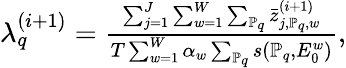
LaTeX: \begin{array}{r}{\lambda_{q}^{(i+1)}=\frac{\sum_{j=1}^{J}\sum_{w=1}^{W}\sum_{\mathbb{P}_{q}}\bar{z}_{j,\mathbb{P}_{q},w}^{(i+1)}}{T\sum_{w=1}^{W}\alpha_{w}\sum_{\mathbb{P}_{q}}s(\mathbb{P}_{q},E_{0}^{w})},}\end{array}